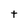
Character: t